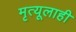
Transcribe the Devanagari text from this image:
मृत्यूलाही